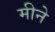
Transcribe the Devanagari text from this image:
मीने